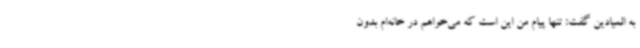
به المیادین گفت: تنها پیام من این است که می‌خواهم در خانه‌ام بدون